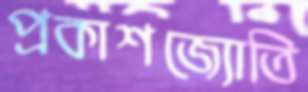
প্রকাশজ্যোতি